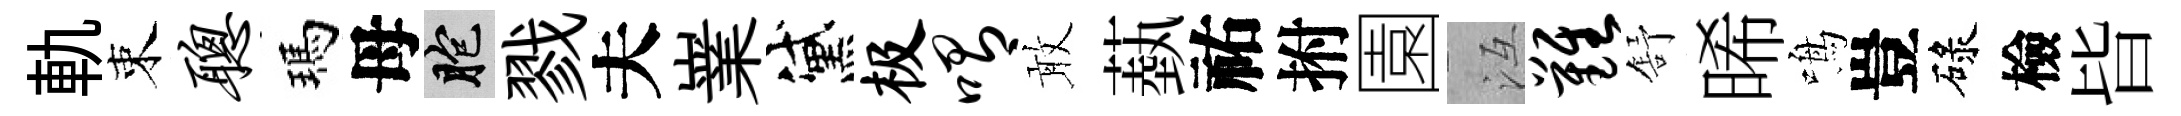
軌束聪瑪母胞戮夫嶪黛极喟敢蓺祐拊園冱难舒晞鳴豈碌檢𣅜